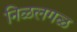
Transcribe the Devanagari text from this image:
निळलगळ